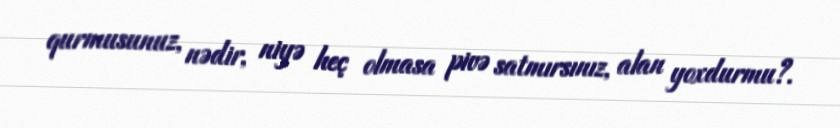
qurmusunuz, nədir, niyə heç olmasa pivə satmırsınız, alan yoxdurmu?.